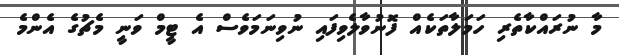
މާ ނުރައްކާތެރި ހަމަލާތަކެއް ފޮނުވާލެވިފައި ނުވިނަމަވެސް އެ ޓީމް ވަނީ މެޗުގެ އެންމެ